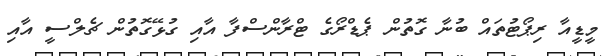
މީޑީއާ ރިޕޯޓުތައް ބުނާ ގޮތުން ޕެޑްރޯގެ ޓްރާންސްފާ އާއި ގުޅޭގޮތުން ޗެލްސީ އާއި